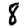
Digit: 8